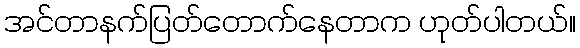
အင်တာနက်ပြတ်တောက်နေတာက ဟုတ်ပါတယ်။